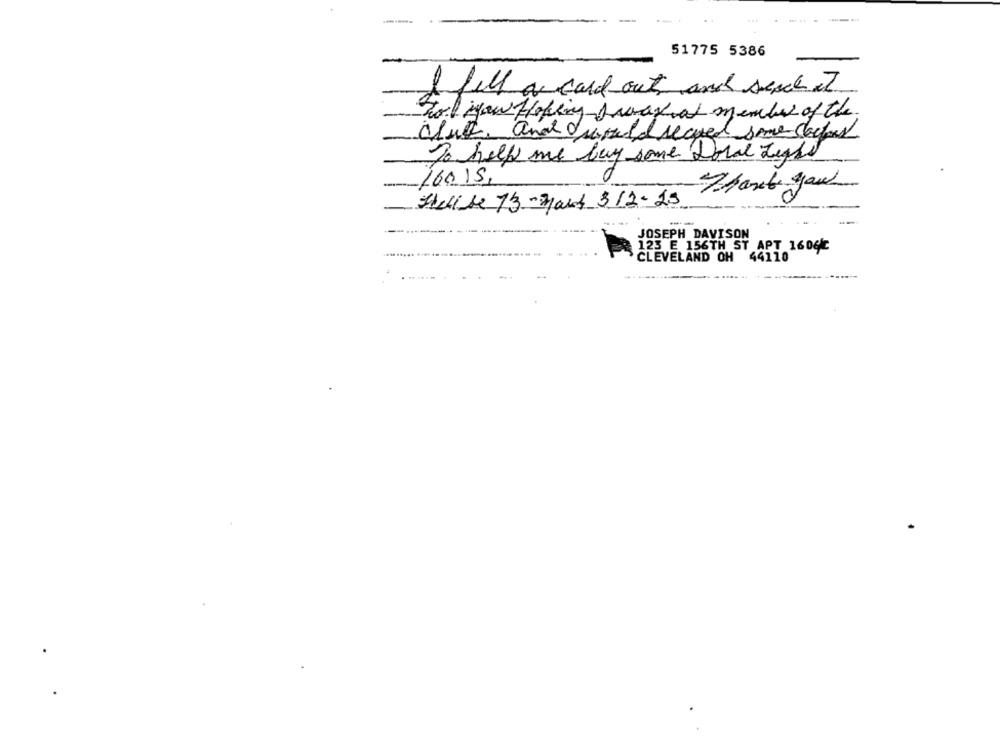
51775 5386
I fell a card out and serce it
Tol you Hoping Javayal member of the
club. and Iwould secured some second
To help me buy some Doral Light
160.15,
Shout your
Shell be 73-Mark 312-15
JOSEPH DAVISON
123 E 156TH ST APT 1606℃
CLEVELAND OH 44110